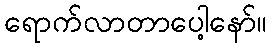
ရောက်လာတာပေါ့နော်။